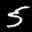
Label: 5